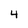
Character: 4